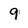
Character: 9